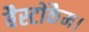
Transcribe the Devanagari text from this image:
बैस्टोकैम।